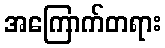
အကြောက်တရား